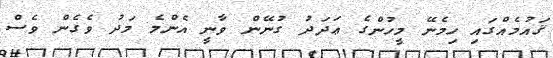
ޤައުމެއްގައި ހިމެނޭ މީހުންގެ ޢަދަދު ގުނޭން ވާނީ އެންމެ މަދު ވެގެން ވެސް